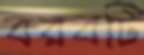
বরবটি